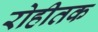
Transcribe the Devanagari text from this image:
रोहीतक